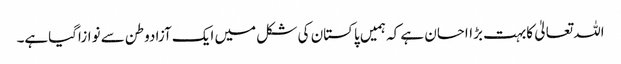
اللہ تعالیٰ کابہت بڑااحسان ہے کہ ہمیں پاکستان کی شکل میں ایک آزادوطن سے نوازاگیاہے۔